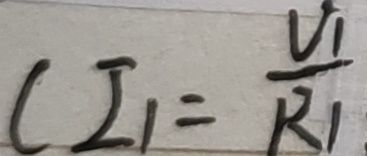
C I _ { 1 } = \frac { V _ { 1 } } { R _ { 1 } }